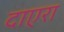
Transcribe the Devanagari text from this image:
दाएरा